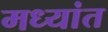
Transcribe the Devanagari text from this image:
मध्यांत